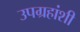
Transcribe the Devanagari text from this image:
उपग्रहांशी